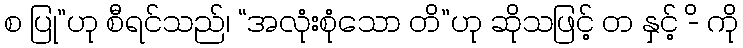
စ ပြု”ဟု စီရင်သည်၊ “အလုံးစုံသော တိ”ဟု ဆိုသဖြင့် တ နှင့် -ိ ကို